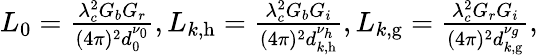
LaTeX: \begin{array}{r}{L_{0}=\frac{\lambda_{c}^{2}G_{b}G_{r}}{(4\pi)^{2}d_{0}^{\nu_{0}}},L_{k,\mathrm{h}}=\frac{\lambda_{c}^{2}G_{b}G_{i}}{(4\pi)^{2}d_{k,\mathrm{h}}^{\nu_{h}}},L_{k,\mathrm{g}}=\frac{\lambda_{c}^{2}G_{r}G_{i}}{(4\pi)^{2}d_{k,\mathrm{g}}^{\nu_{g}}},}\end{array}